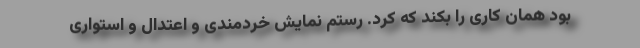
بود همان کاری را بکند که کرد. رستم نمایش خردمندی و اعتدال و استواری